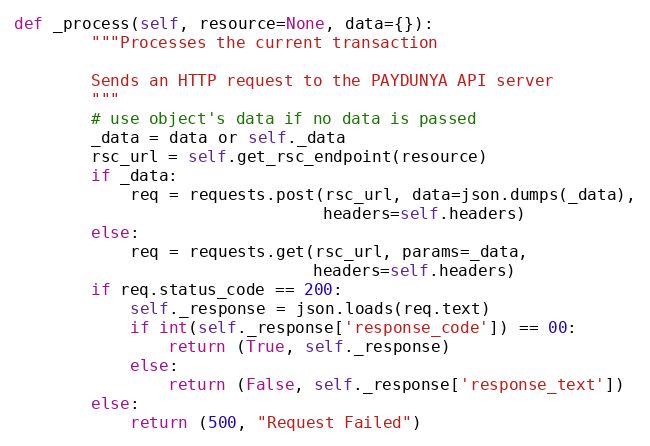
Language: Python
def _process(self, resource=None, data={}):
        """Processes the current transaction

        Sends an HTTP request to the PAYDUNYA API server
        """
        # use object's data if no data is passed
        _data = data or self._data
        rsc_url = self.get_rsc_endpoint(resource)
        if _data:
            req = requests.post(rsc_url, data=json.dumps(_data),
                                headers=self.headers)
        else:
            req = requests.get(rsc_url, params=_data,
                               headers=self.headers)
        if req.status_code == 200:
            self._response = json.loads(req.text)
            if int(self._response['response_code']) == 00:
                return (True, self._response)
            else:
                return (False, self._response['response_text'])
        else:
            return (500, "Request Failed")